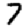
Digit: 7